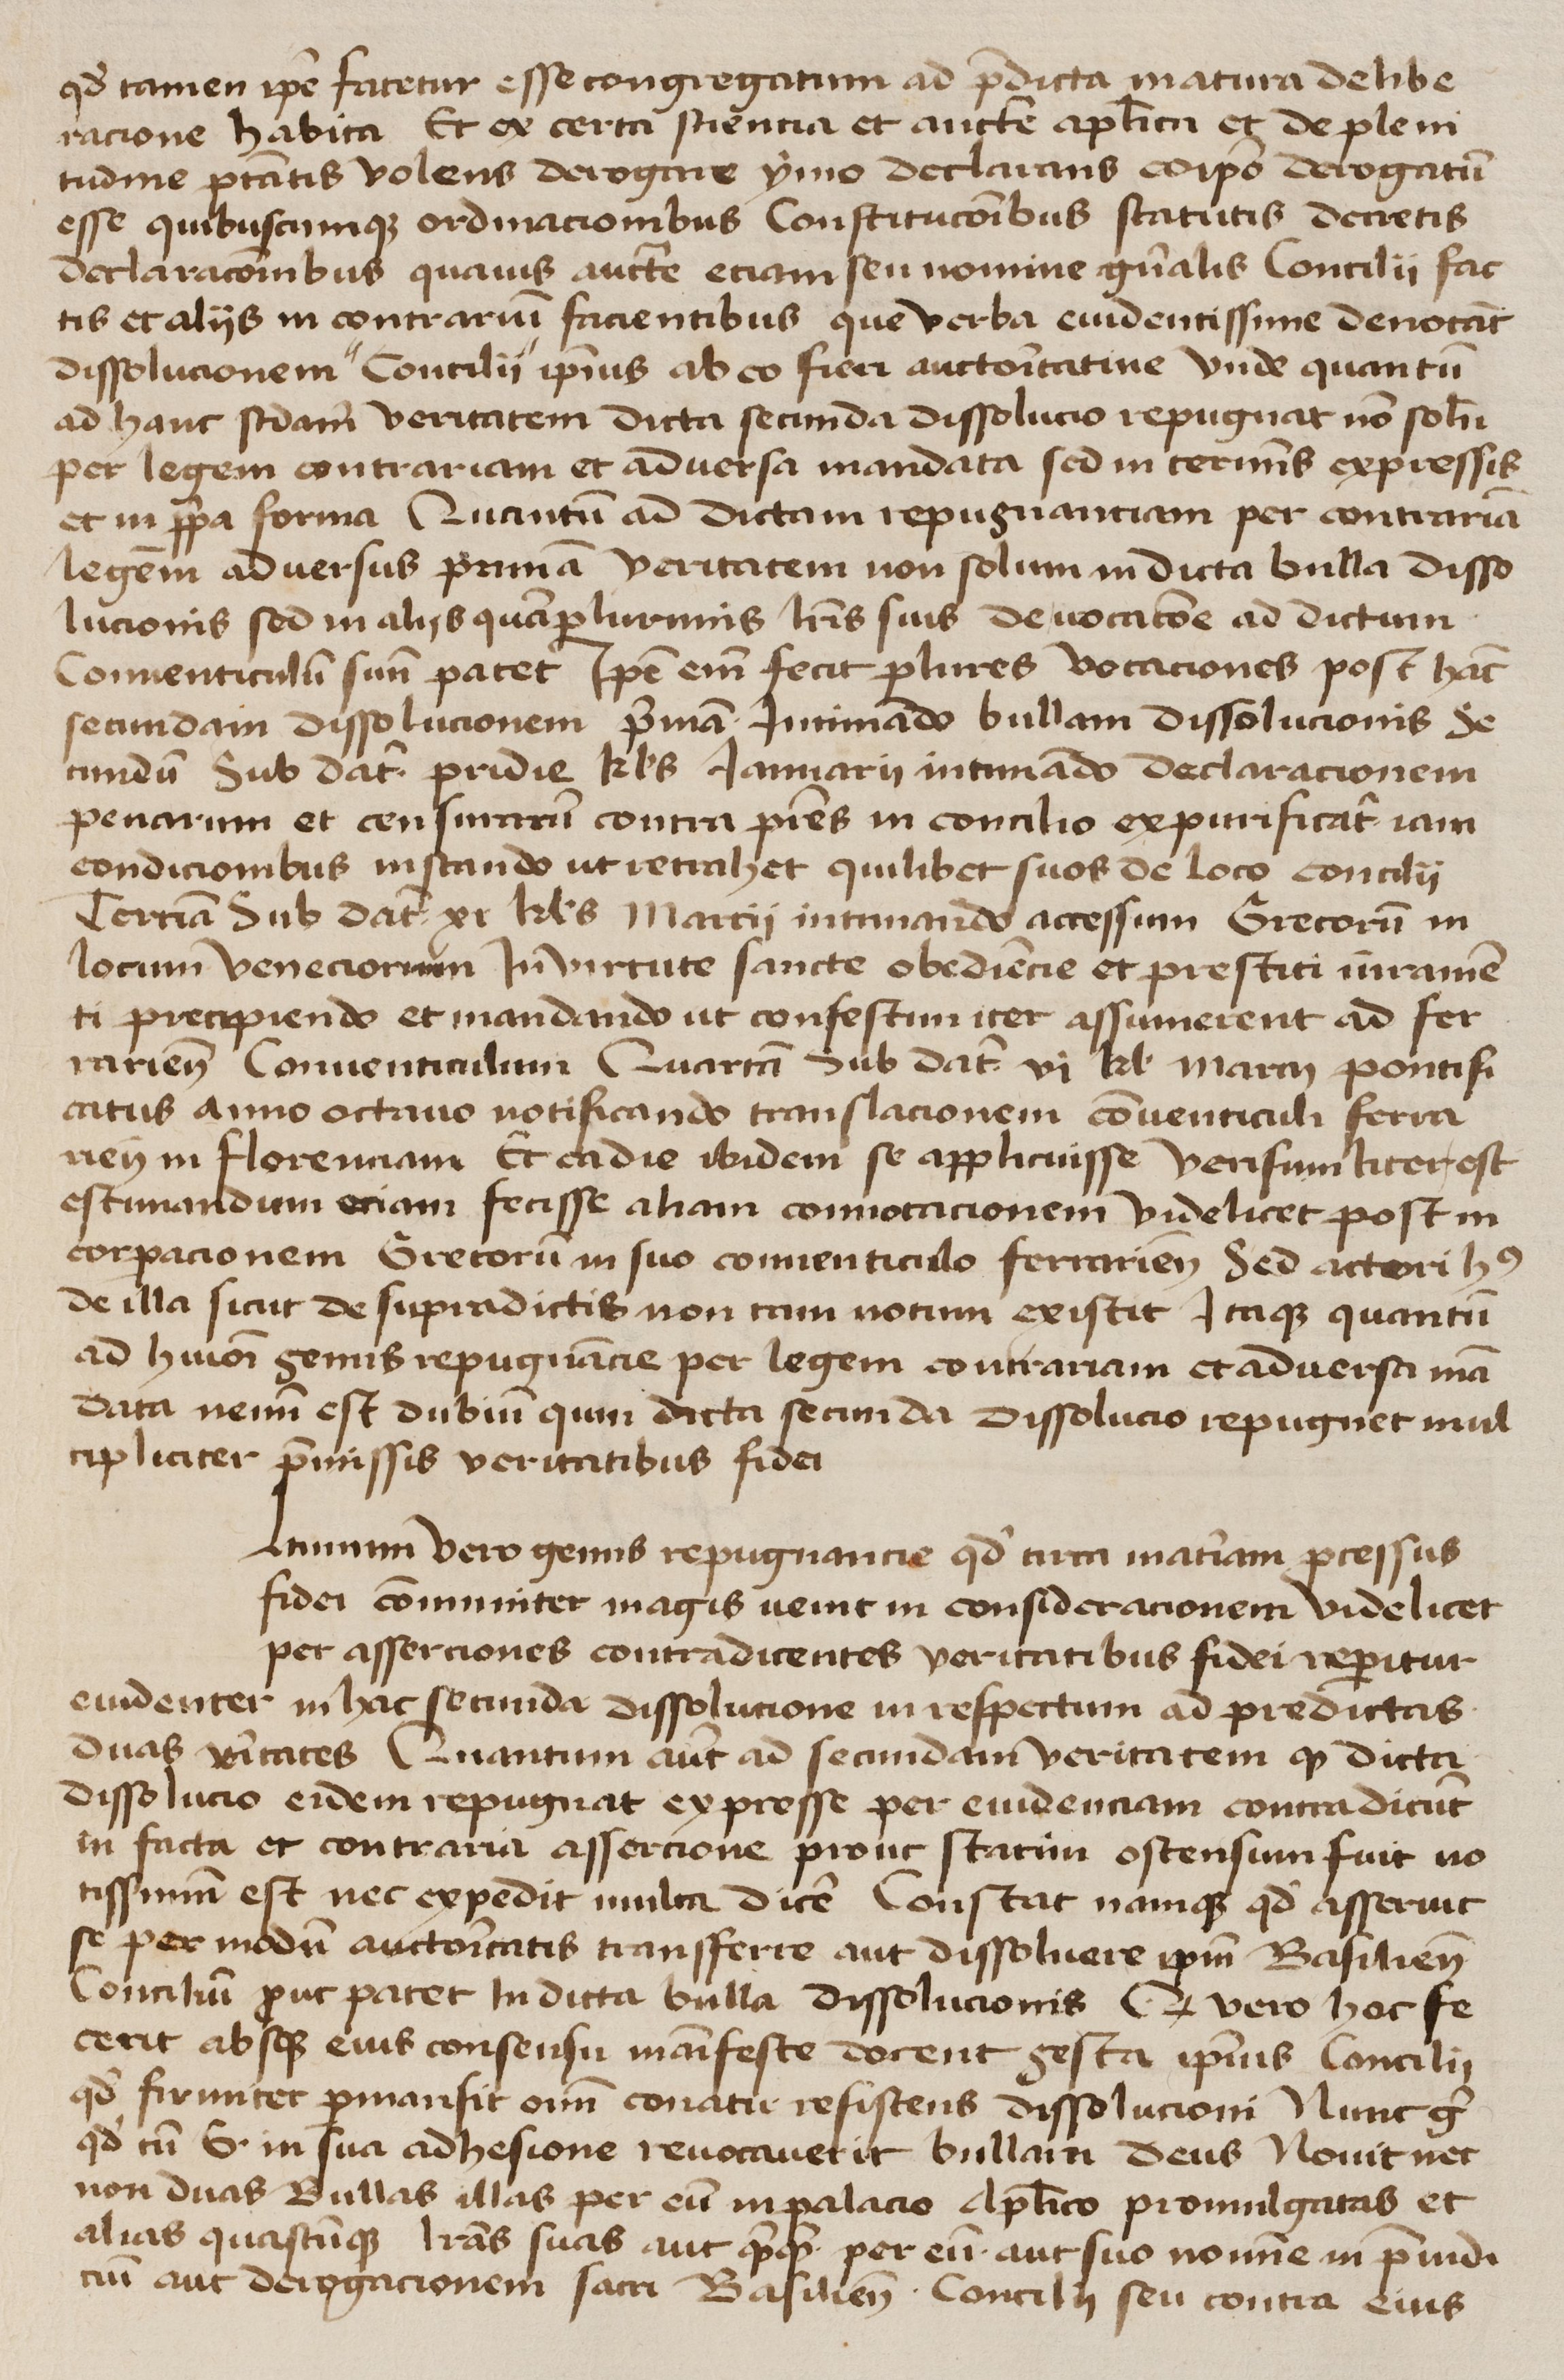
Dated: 1425–1449